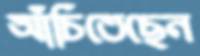
আঁচিতেছেন